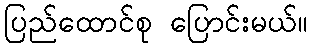
ပြည်ထောင်စု ပြောင်းမယ်။